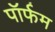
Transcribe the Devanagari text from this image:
पॉर्फम